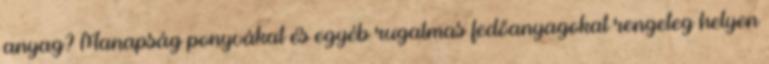
anyag? Manapság ponyvákat és egyéb rugalmas fedőanyagokat rengeteg helyen